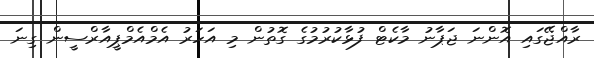
ރާއްޖޭގައި އޮންނަ ޖަޕާނު މާކެޓް ފުޅާކުރުމުގެ ގޮތުން މި އަހަރު އެމްއެމްޕީއާރްސީން ގިނަ